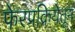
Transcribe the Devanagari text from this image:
फेरप्रक्रियेतून